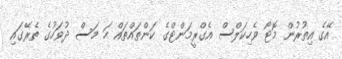
އޭގެ އިތުރުން މޮޓޯ ވެހިކަލްސް އެގްރީމަންޓްގެ ކަންތައްތައް ހަ މަސް ދުވަހުގެ ތެރޭގައި